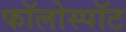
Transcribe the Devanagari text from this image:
फॉलोस्पॉट